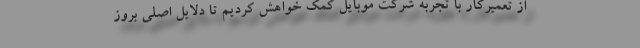
از تعمیرکار با تجربه شرکت موبایل کمک خواهش کردیم تا دلایل اصلی بروز